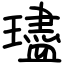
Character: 璶